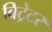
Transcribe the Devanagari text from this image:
बिट्रेटर